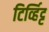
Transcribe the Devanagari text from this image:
टिर्व्हिट्ट